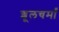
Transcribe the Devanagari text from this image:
शूलचर्मां